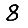
Digit: 8